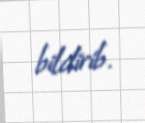
bildirib.